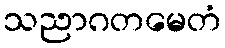
သညာဂတမေတံ